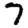
Digit: 7